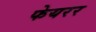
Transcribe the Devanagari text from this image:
फेयरर